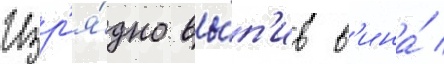
Изр'я́дно вы́п'ив в'ина́ /